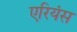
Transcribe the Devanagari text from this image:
एरियंस